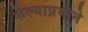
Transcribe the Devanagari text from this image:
केल्याप्रमाने